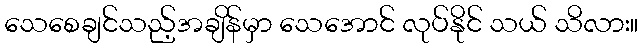
သေစေချင်သည့်အချိန်မှာ သေအောင် လုပ်နိုင် သယ် သိလား။